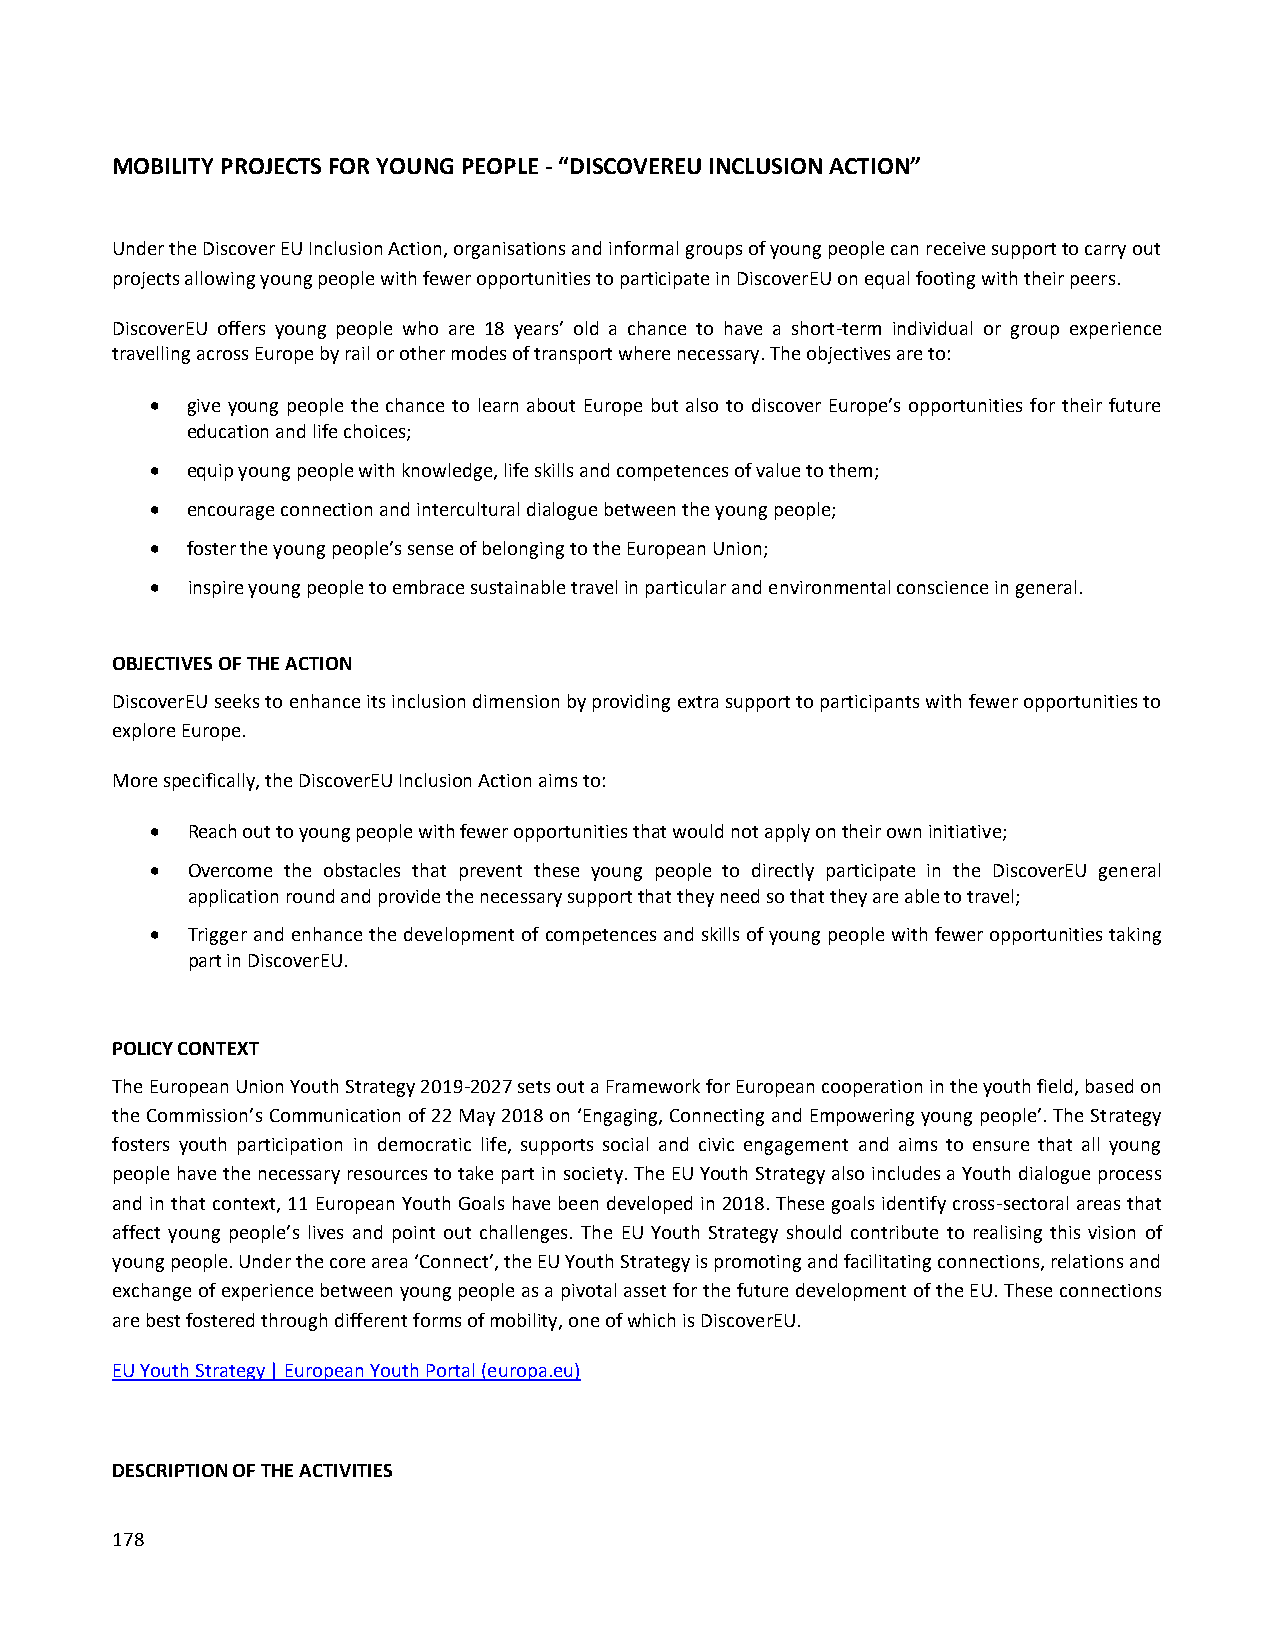
MOBILITY PROJECTS FOR YOUNG PEOPLE - “DISCOVEREU INCLUSION ACTION”
 Under the Discover EU Inclusion Action, organisations and informal groups of young people can receive support to carry out
 projects allowing young people with fewer opportunities to participate in DiscoverEU on equal footing with their peers.
 DiscoverEU offers young people who are 18 years’ old a chance to have a short-term individual or group experience
 travelling across Europe by rail or other modes of transport where necessary. The objectives are to:
  give young people the chance to learn about Europe but also to discover Europe’s opportunities for their future
 education and life choices;
  equip young people with knowledge, life skills and competences of value to them;
  encourage connection and intercultural dialogue between the young people;
  foster the young people’s sense of belonging to the European Union;
  inspire young people to embrace sustainable travel in particular and environmental conscience in general.
 OBJECTIVES OF THE ACTION
 DiscoverEU seeks to enhance its inclusion dimension by providing extra support to participants with fewer opportunities to
 explore Europe.
 More specifically, the DiscoverEU Inclusion Action aims to:
  Reach out to young people with fewer opportunities that would not apply on their own initiative;
  Overcome the obstacles that prevent these young people to directly participate in the DiscoverEU general
 application round and provide the necessary support that they need so that they are able to travel;
  Trigger and enhance the development of competences and skills of young people with fewer opportunities taking
 part in DiscoverEU.
 POLICY CONTEXT
 The European Union Youth Strategy 2019-2027 sets out a Framework for European cooperation in the youth field, based on
 the Commission’s Communication of 22 May 2018 on ‘Engaging, Connecting and Empowering young people’. The Strategy
 fosters youth participation in democratic life, supports social and civic engagement and aims to ensure that all young
 people have the necessary resources to take part in society. The EU Youth Strategy also includes a Youth dialogue process
 and in that context, 11 European Youth Goals have been developed in 2018. These goals identify cross-sectoral areas that
 affect young people’s lives and point out challenges. The EU Youth Strategy should contribute to realising this vision of
 young people. Under the core area ‘Connect’, the EU Youth Strategy is promoting and facilitating connections, relations and
 exchange of experience between young people as a pivotal asset for the future development of the EU. These connections
 are best fostered through different forms of mobility, one of which is DiscoverEU.
 EU Youth Strategy | European Youth Portal (europa.eu)
 DESCRIPTION OF THE ACTIVITIES
 178